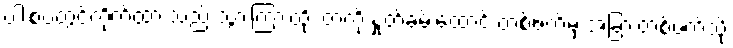
ပါးစပ်တွင်ကိုက်ထားသည့် သွားကြားထိုး တံကို နှုတ်ခမ်းထောင့် တစ်ဖက်မှ အခြားတစ်ဖက်သို့